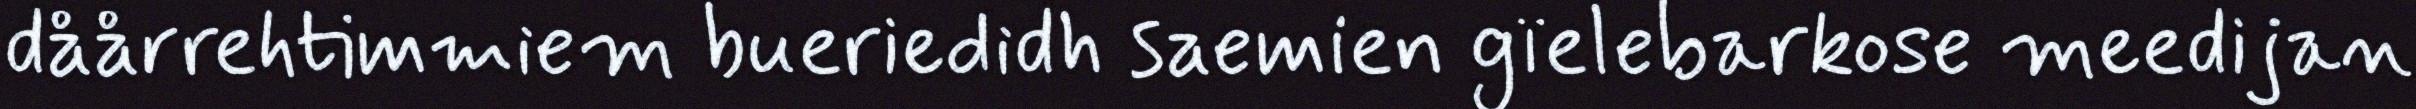
dåårrehtimmiem bueriedidh saemien gïelebarkose meedijan